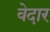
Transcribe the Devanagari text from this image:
वेदार